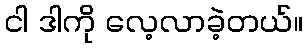
ငါ ဒါကို လေ့လာခဲ့တယ်။